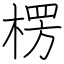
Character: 楞